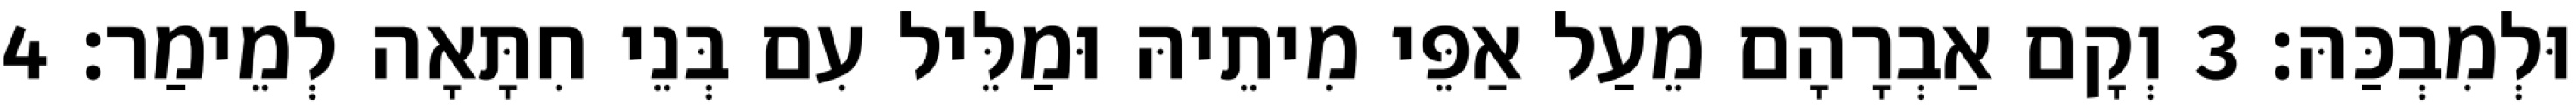
וּלְמִבְכַּהּ׃ 3 וְקָם אַבְרָהָם מֵעַל אַפֵּי מִיתֵיהּ וּמַלֵּיל עִם בְּנֵי חִתָּאָה לְמֵימַר׃ 4